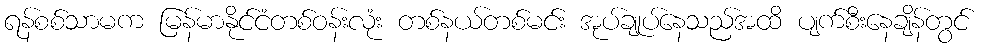
ရန်စစ်သာမက မြန်မာနိုင်ငံတစ်ဝန်းလုံး တစ်နယ်တစ်မင်း အုပ်ချုပ်နေသည်အထိ ပျက်စီးနေချိန်တွင်